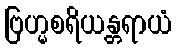
ဗြဟ္မစရိယန္တရာယံ